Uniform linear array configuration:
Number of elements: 32
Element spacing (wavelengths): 0.25
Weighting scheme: uniform
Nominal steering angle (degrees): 15
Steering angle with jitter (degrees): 16.385
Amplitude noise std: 0.05
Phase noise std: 0.05

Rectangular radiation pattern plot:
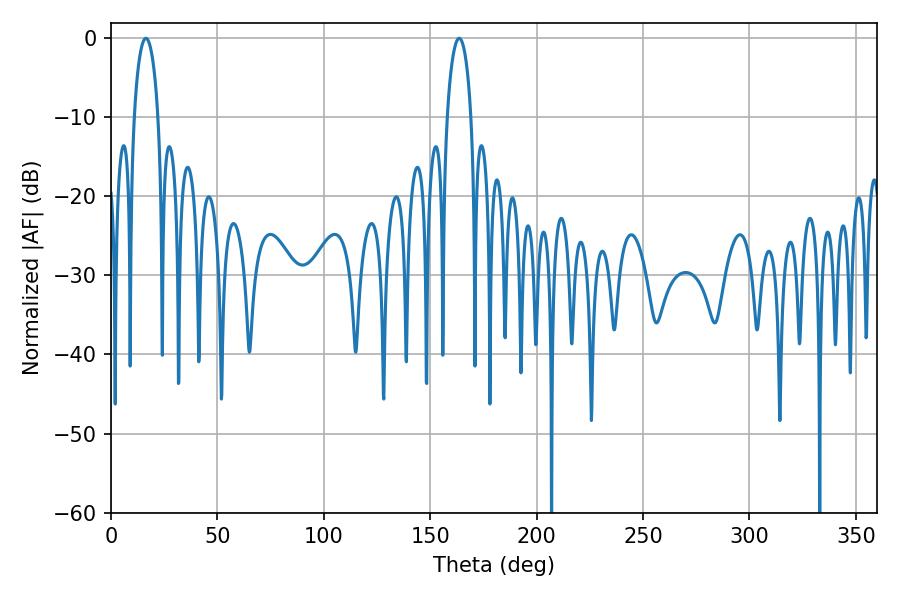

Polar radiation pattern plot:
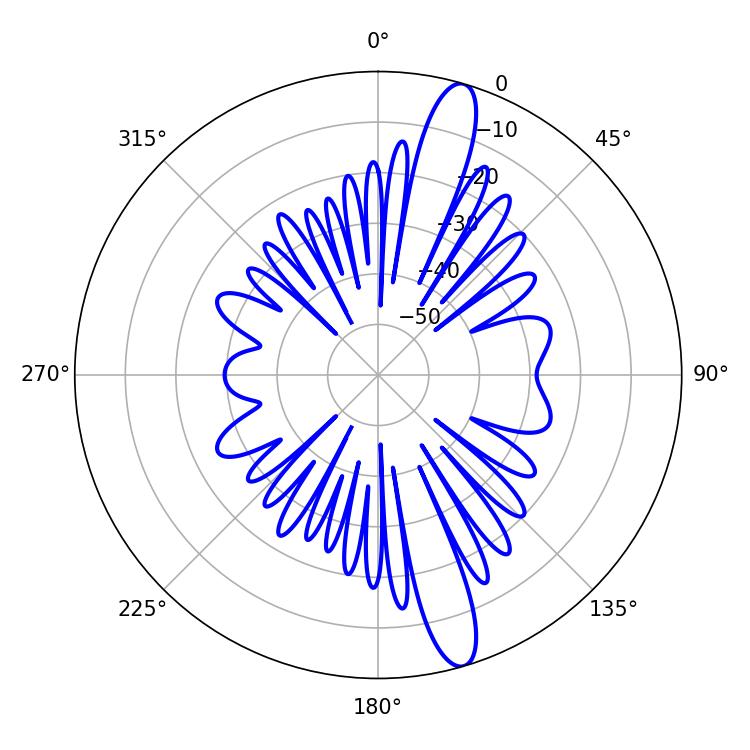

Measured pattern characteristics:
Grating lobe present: FALSE
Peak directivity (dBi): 14.372
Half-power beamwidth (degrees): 6.48
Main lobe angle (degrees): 16.38